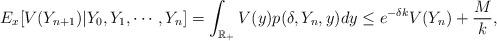
LaTeX: \begin{align*}E_x[V(Y_{n+1})|Y_0, Y_1, \cdots, Y_n] = \int_{\mathbb{R}_+}V(y)p(\delta,Y_n,y)dy \le e^{-\delta k}V(Y_n)+\frac{M}{k},\end{align*}